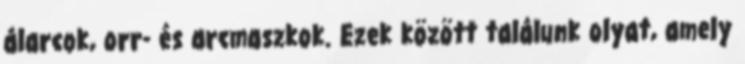
álarcok, orr- és arcmaszkok. Ezek között találunk olyat, amely